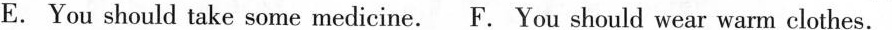
E. You should take some medicine. F. You should wear warm clothes.